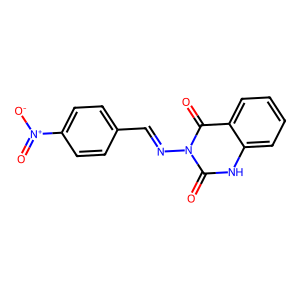
SMILES: O=c1[nH]c2ccccc2c(=O)n1N=Cc1ccc([N+](=O)[O-])cc1
Inhibits HIV replication: No